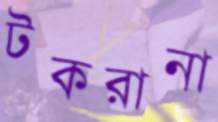
টকরানা